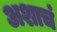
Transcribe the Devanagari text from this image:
अशाचं